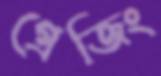
গ্রেজিং